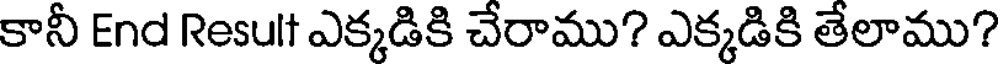
కానీ End Result ఎక్కడికి చేరాము? ఎక్కడికి తేలాము?